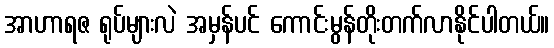
အာဟာရဇ ရုပ်များလဲ အမှန်ပင် ကောင်းမွန်တိုးတက်လာနိုင်ပါတယ်။